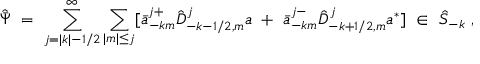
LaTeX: { \hat { \bar { \Psi } } } \ = \ \sum _ { j = | k | - 1 / 2 } ^ { \infty } \sum _ { | m | \le j } [ { \bar { a } } _ { - k m } ^ { j + } { \hat { D } } _ { - k - 1 / 2 , m } ^ { j } a \ + \ { \bar { a } } _ { - k m } ^ { j - } { \hat { D } } _ { - k + 1 / 2 , m } ^ { j } a ^ { * } ] \ \in \ { \hat { \cal S } } _ { - k } \ ,